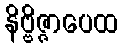
နိဗ္ဗိဇ္ဇာပေထ